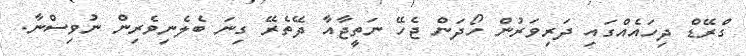
ގްރޭޑް ދިހައެއްގައި ދަރިވަރުން ހޯދަން ޖެހޭ ނަތީޖާއާ ދޭތެރޭ ގިނަ ބެލެނިވެރިން ނުވިސްނާ.